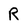
Character: R